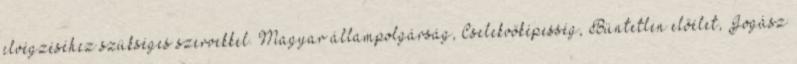
elvégzéséhez szükséges szervekkel. Magyar állampolgárság, Cselekvőképesség, Büntetlen előélet, Jogász